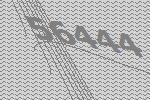
56444